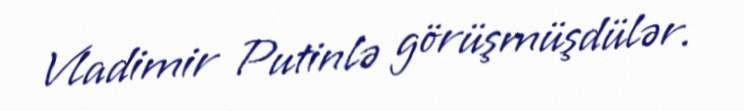
Vladimir Putinlə görüşmüşdülər.